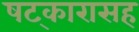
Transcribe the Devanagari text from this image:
षट्‍कारासह